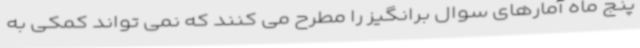
پنج ماه آمارهای سوال برانگیز را مطرح می کنند که نمی تواند کمکی به